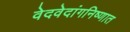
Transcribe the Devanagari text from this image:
वेदवेदांगनिष्णात